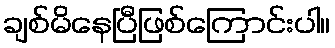
ချစ်မိနေပြီဖြစ်ကြောင်းပါ။